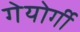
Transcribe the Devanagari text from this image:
गेयोर्गी